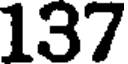
137